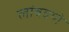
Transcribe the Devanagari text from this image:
लांबवणे